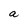
Character: a